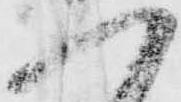
一